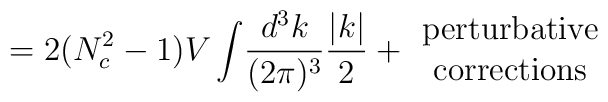
=2(N_c^2-1)V\int\!\frac{d^3k}{(2\pi)^3}\frac{|k|}{2}+\begin{array}{c}{\rm perturbative} \\ {\rm corrections}\end{array}